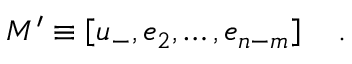
M ^ { \prime } \equiv \left[ u _ { - } , e _ { 2 } , \ldots , e _ { n - m } \right] \quad .